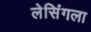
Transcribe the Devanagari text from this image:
लेसिंगला